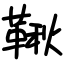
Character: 鞦